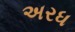
અરધ